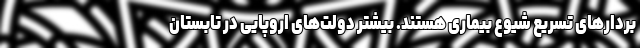
بردارهای تسریع شیوع بیماری هستند. بیشتر دولت‌های اروپایی در تابستان